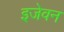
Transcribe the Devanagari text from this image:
इजेवन